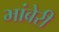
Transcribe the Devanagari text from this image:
भांबेरी